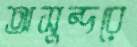
অসুন্দরে